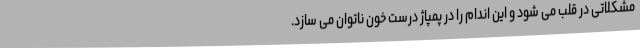
مشکلاتی در قلب می شود و این اندام را در پمپاژ درست خون ناتوان می سازد.